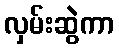
လှမ်းဆွဲကာ